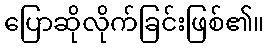
ပြောဆိုလိုက်ခြင်းဖြစ်၏။